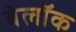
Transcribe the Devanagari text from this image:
बेलॉक